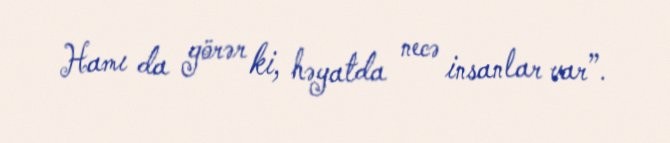
Hamı da görər ki, həyatda necə insanlar var”.